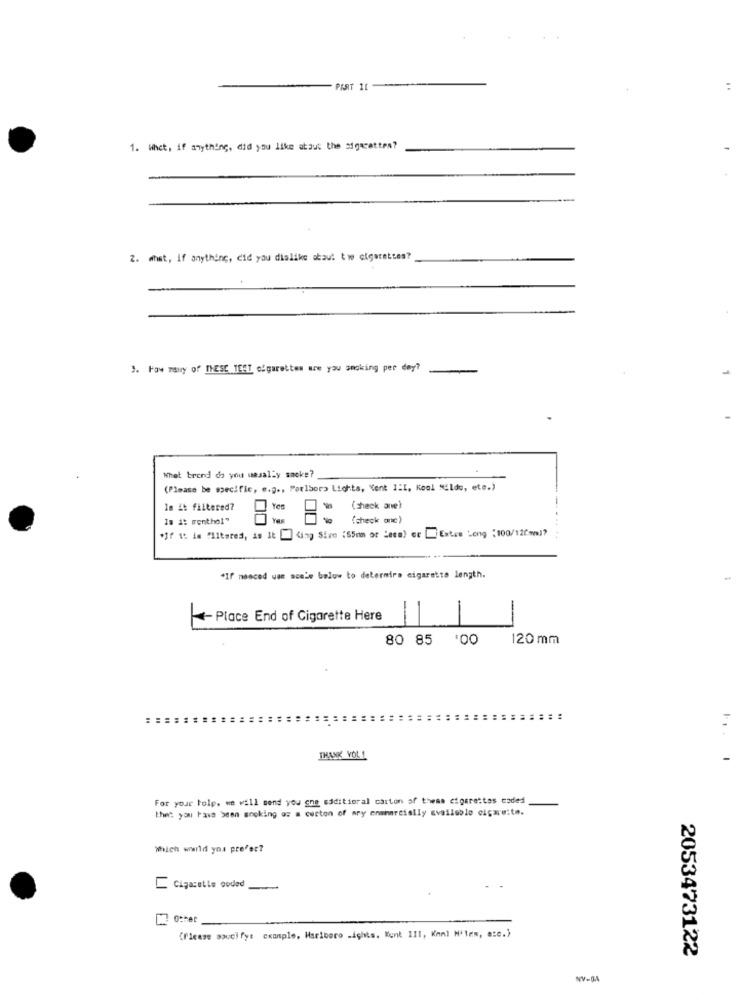
PART 11
1. Whet, if anything, did you like atout the sigarattes?
2. what, if anything, did you dialike about two cigarettes?
3. Faw mairy of THESE TEAT cigarettes are you smoking per dey?
Whet brond do you usually smoke?
(Please be specific, e.g ., Porlaora Lights, "ent 1:I, Kool Nildo, ete.)
la it filtered?
(sheck ane)
Is it menthol"
(check onc)
"If it is "literes, is It W King Sive :65mm or Less) er Extra Long "100/120mm)?
"If noaced uan acele below to determira cigarette length.
«- Place End of Cigarette Here
80 85 '00
120 mm
THANK VOLL
For your Polp. we will send you gne saditioral carton of these cigarettes coded
that you have been smoking oz a cucton of ary enmhmreislly availoblo cigare:to.
Which warld yos preFec?
Cigarette coded
(Please souci fy: example, Haribero -ights. Kunt III, Kan] H'ten, etc.)
2053473122
NV-84